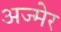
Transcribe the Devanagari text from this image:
अज्मेर